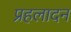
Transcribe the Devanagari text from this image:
प्रहलादन